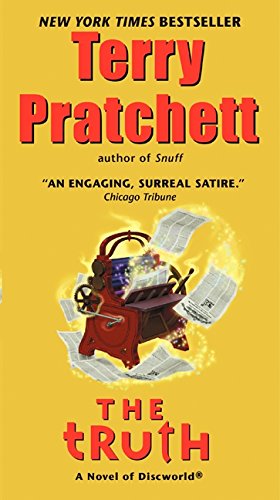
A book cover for The Truth: A Novel of Discworld; Terry Pratchett; Science Fiction & Fantasy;